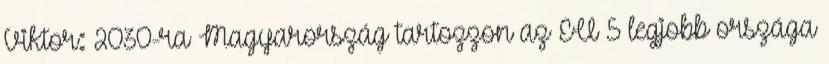
Viktor: 2030-ra Magyarország tartozzon az EU 5 legjobb országa